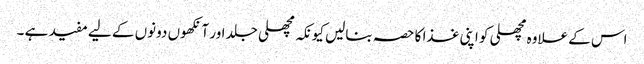
اس کے علاوہ مچھلی کو اپنی غذا کا حصہ بنالیں کیونکہ مچھلی جلد اور آنکھوں دونوں کے لیے مفید ہے ۔